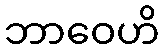
ဘာဝေဟိ